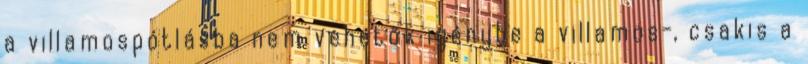
a villamospótlásba nem vehetők igénybe a villamos-, csakis a